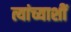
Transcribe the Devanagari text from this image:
त्यांच्याशीं